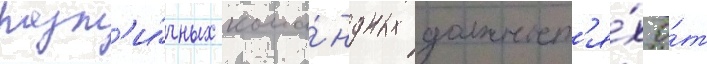
разл'и́чных кома́ндных должност'я́х о́т